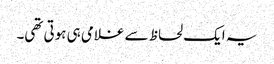
یہ ایک لحاظ سے غلامی ہی ہوتی تھی۔